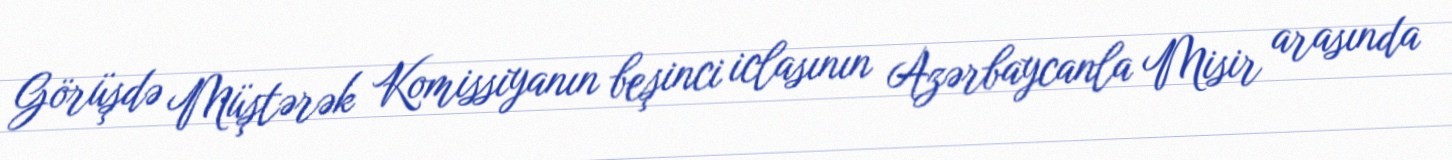
Görüşdə Müştərək Komissiyanın beşinci iclasının Azərbaycanla Misir arasında